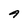
Character: 4